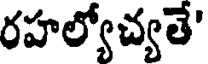
రహల్యోచ్యతే'